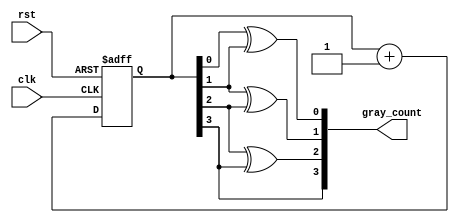
module gray_counter(
    input wire clk,
    input wire rst,
    output reg [3:0] gray_count
);

reg [3:0] binary_count;

always @(posedge clk or posedge rst) begin
    if (rst) begin
        binary_count <= 4'b0000;
    end else begin
        binary_count <= binary_count + 1;
    end
end

always @* begin
    gray_count[0] = binary_count[0] ^ binary_count[1];
    gray_count[1] = binary_count[1] ^ binary_count[2];
    gray_count[2] = binary_count[2] ^ binary_count[3];
    gray_count[3] = binary_count[3];
end

endmodule